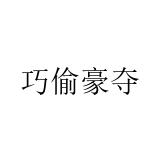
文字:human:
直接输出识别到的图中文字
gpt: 巧偷豪夺